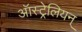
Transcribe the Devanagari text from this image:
ऑस्ट्रेलियन्